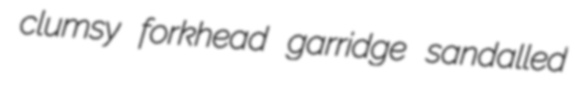
clumsy forkhead garridge sandalled